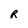
Character: R